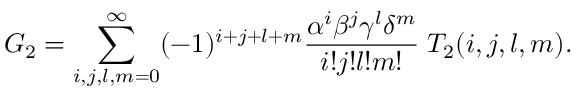
G _ { 2 } = \sum _ { i , j , l , m = 0 } ^ { \infty } ( - 1 ) ^ { i + j + l + m } \frac { \alpha ^ { i } \beta ^ { j } \gamma ^ { l } \delta ^ { m } } { i ! j ! l ! m ! } \; T _ { 2 } ( i , j , l , m ) .